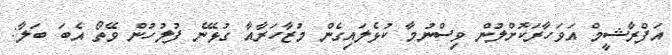
އަފްރާޝީމް އަވަހާރަކޮށްލުން ވިސްނުމާ ކުޅެލައިގެން މުޒާހަރާއާ ގުޅޭނެ ފުލުހުން ވޭތޯ އެބަ ބަލާ: